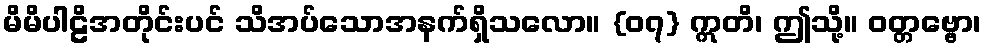
မိမိပါဠိအတိုင်းပင် သိအပ်သောအနက်ရှိသလော။ {၀၇} ဣတိ၊ ဤသို့။ ဝတ္တဗ္ဗော၊